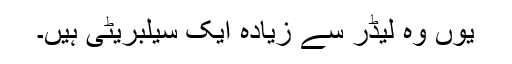
یوں وہ لیڈر سے زیادہ ایک سیلبریٹی ہیں۔